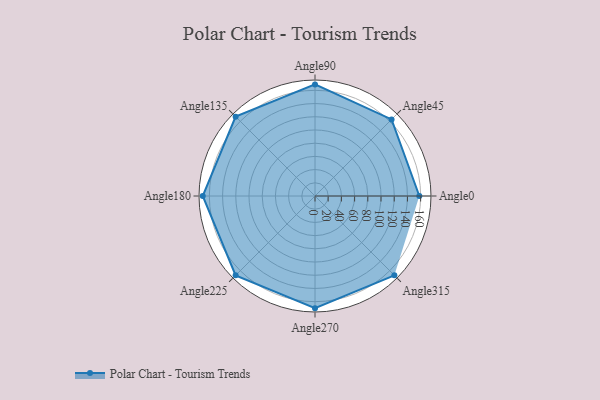
{"axis": {"x": "Angle", "y": "Radius"}, "legend": [""], "data": [{"x": "Angle0", "y": 158.0, "type": ""}, {"x": "Angle45", "y": 164.0, "type": ""}, {"x": "Angle90", "y": 169.0, "type": ""}, {"x": "Angle135", "y": 170, "type": ""}, {"x": "Angle180", "y": 170, "type": ""}, {"x": "Angle225", "y": 170, "type": ""}, {"x": "Angle270", "y": 170, "type": ""}, {"x": "Angle315", "y": 170, "type": ""}]}